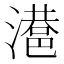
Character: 𣿑